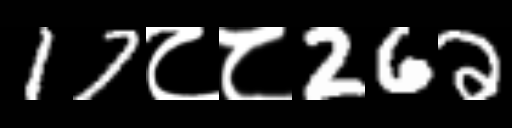
Text: 17८८262